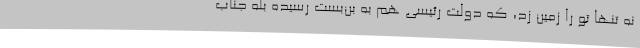
نه تنها تو را زمین زد، که دولت رئیسی هم به بن‌بست رسیده بله جناب